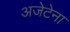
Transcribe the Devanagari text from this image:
अजेटेना